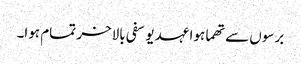
برسوں سے تھما ہوا عہد یوسفی بالاخر تمام ہوا۔